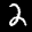
Label: 2